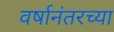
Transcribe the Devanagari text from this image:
वर्षानंतरच्या